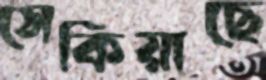
সেকিয়াছে